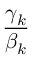
\displaystyle \frac { \gamma _ { k } } { \beta _ { k } }